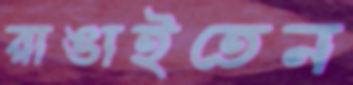
রাঙাইতেন